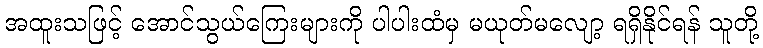
အထူးသဖြင့် အောင်သွယ်ကြေးများကို ပါပါးထံမှ မယုတ်မလျော့ ရရှိနိုင်ရန် သူတို့